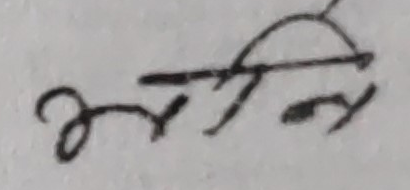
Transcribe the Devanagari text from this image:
अरनि